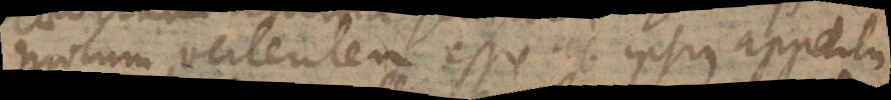
motum vertentem esse ab ipsius appetitu